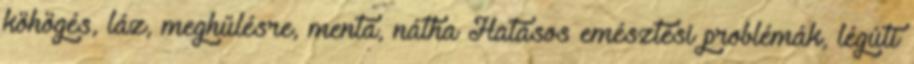
köhögés, láz, meghűlésre, menta, nátha Hatásos emésztési problémák, légúti